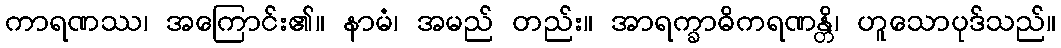
ကာရဏဿ၊ အကြောင်း၏။ နာမံ၊ အမည် တည်း။ အာရက္ခာဓိကရဏန္တိ၊ ဟူသောပုဒ်သည်။